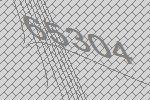
65304